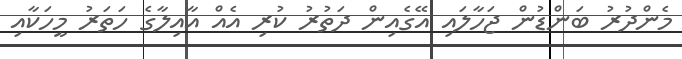
މެންދުރު ބަންޑުން ޖަހާލައި އޭގެއިން ދަތުރު ކުރި އެއް އާއިލާގެ ހަތަރު މީހަކާއި